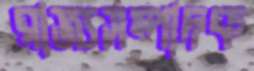
রাজ্যসম্পাদক